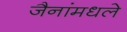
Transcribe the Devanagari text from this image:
जैनांमधले